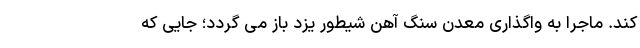
کند. ماجرا به واگذاری معدن سنگ آهن شیطور یزد باز می گردد؛ جایی که